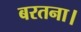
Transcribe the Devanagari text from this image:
बरतना।